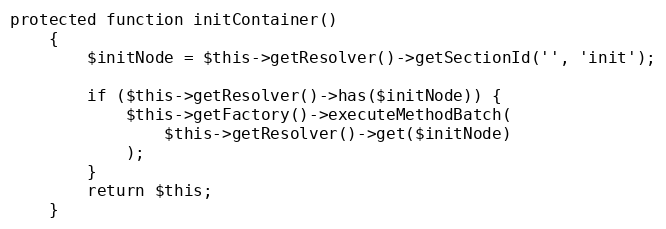
Language: PHP
protected function initContainer()
    {
        $initNode = $this->getResolver()->getSectionId('', 'init');

        if ($this->getResolver()->has($initNode)) {
            $this->getFactory()->executeMethodBatch(
                $this->getResolver()->get($initNode)
            );
        }
        return $this;
    }